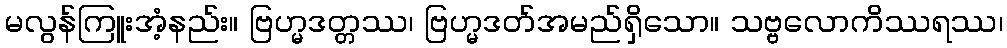
မလွန်ကြူးအံ့နည်း။ ဗြဟ္မဒတ္တဿ၊ ဗြဟ္မဒတ်အမည်ရှိသော။ သဗ္ဗလောကိဿရဿ၊